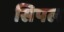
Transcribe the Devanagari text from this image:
सिपल